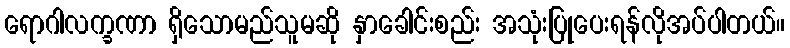
ရောဂါလက္ခဏာ ရှိသောမည်သူမဆို နှာခေါင်းစည်း အသုံးပြုပေးရန်လိုအပ်ပါတယ်။